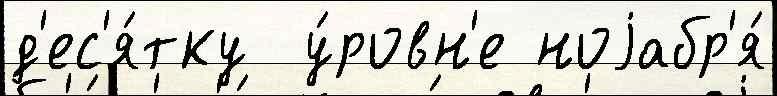
д'ес'я́тку  у́ровн'е ноjабр'я́